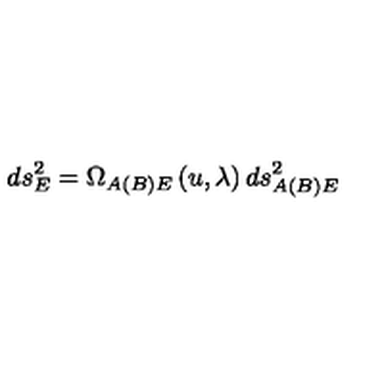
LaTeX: d s _ { E } ^ { 2 } = \Omega _ { A ( B ) E } \left( u , \lambda \right) d s _ { A ( B ) E } ^ { 2 }